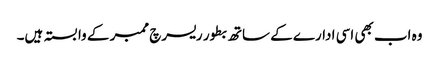
وہ اب بھی اسی ادارے کے ساتھ بطور ریسرچ ممبر کے وابستہ ہیں۔